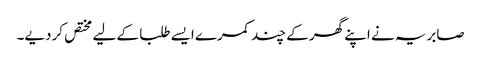
صابریہ نے اپنے گھر کے چند کمرے ایسے طلبا کے لیے مختص کردیے۔